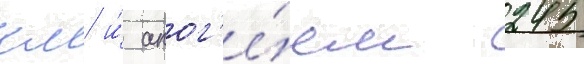
км и́ апог'е́ем 245